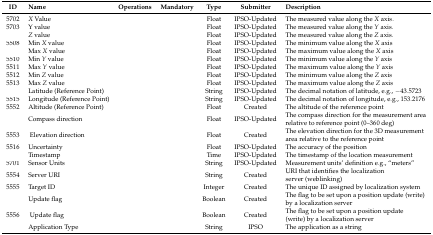
<table><thead><tr><td><b>ID</b></td><td><b>Name</b></td><td><b>Operations</b></td><td><b>Mandatory</b></td><td><b>Type</b></td><td><b>Submitter</b></td><td><b>Description</b></td></tr></thead><tbody><tr><td>5702</td><td><i>X</i> Value</td><td>[EMPTY_CELL]</td><td>[EMPTY_CELL]</td><td>Float</td><td>IPSO-Updated</td><td>The measured value along the <i>X</i> axis.</td></tr><tr><td>5703</td><td>Y value</td><td>[EMPTY_CELL]</td><td>[EMPTY_CELL]</td><td>Float</td><td>IPSO-Updated</td><td>The measured value along the <i>Y</i> axis.</td></tr><tr><td>[EMPTY_CELL]</td><td><i>Z</i> value</td><td>[EMPTY_CELL]</td><td>[EMPTY_CELL]</td><td>Float</td><td>IPSO-Updated</td><td>The measured value along the <i>Z</i> axis.</td></tr><tr><td>5508</td><td>Min <i>X</i> value</td><td>[EMPTY_CELL]</td><td>[EMPTY_CELL]</td><td>Float</td><td>IPSO-Updated</td><td>The minimum value along the <i>X</i> axis</td></tr><tr><td>[EMPTY_CELL]</td><td>Max <i>X</i> value</td><td>[EMPTY_CELL]</td><td>[EMPTY_CELL]</td><td>Float</td><td>IPSO-Updated</td><td>The maximum value along the <i>X</i> axis</td></tr><tr><td>5510</td><td>Min <i>Y</i> value</td><td>[EMPTY_CELL]</td><td>[EMPTY_CELL]</td><td>Float</td><td>IPSO-Updated</td><td>The minimum value along the <i>Y</i> axis</td></tr><tr><td>5511</td><td>Max <i>Y</i> value</td><td>[EMPTY_CELL]</td><td>[EMPTY_CELL]</td><td>Float</td><td>IPSO-Updated</td><td>The maximum value along the <i>Y</i> axis</td></tr><tr><td>5512</td><td>Min <i>Z</i> value</td><td>[EMPTY_CELL]</td><td>[EMPTY_CELL]</td><td>Float</td><td>IPSO-Updated</td><td>The minimum value along the <i>Z</i> axis</td></tr><tr><td>5513</td><td>Max <i>Z</i> value</td><td>[EMPTY_CELL]</td><td>[EMPTY_CELL]</td><td>Float</td><td>IPSO-Updated</td><td>The maximum value along the <i>Z</i> axis</td></tr><tr><td>[EMPTY_CELL]</td><td>Latitude (Reference Point)</td><td>[EMPTY_CELL]</td><td>[EMPTY_CELL]</td><td>String</td><td>IPSO-Updated</td><td>The decimal notation of latitude, e.g., −43.5723</td></tr><tr><td>5515</td><td>Longitude (Reference Point)</td><td>[EMPTY_CELL]</td><td>[EMPTY_CELL]</td><td>String</td><td>IPSO-Updated</td><td>The decimal notation of longitude, e.g., 153.2176</td></tr><tr><td>5552</td><td>Altitude (Reference Point)</td><td>[EMPTY_CELL]</td><td>[EMPTY_CELL]</td><td>Float</td><td>Created</td><td>The altitude of the reference point</td></tr><tr><td>[EMPTY_CELL]</td><td>Compass direction</td><td>[EMPTY_CELL]</td><td>[EMPTY_CELL]</td><td>Float</td><td>IPSO-Updated</td><td>The compass direction for the measurement area relative to reference point (0–360 deg)</td></tr><tr><td>5553</td><td>Elevation direction</td><td>[EMPTY_CELL]</td><td>[EMPTY_CELL]</td><td>Float</td><td>Created</td><td>The elevation direction for the 3D measurement area relative to the reference point</td></tr><tr><td>5516</td><td>Uncertainty</td><td>[EMPTY_CELL]</td><td>[EMPTY_CELL]</td><td>Float</td><td>IPSO-Updated</td><td>The accuracy of the position</td></tr><tr><td>[EMPTY_CELL]</td><td>Timestamp</td><td>[EMPTY_CELL]</td><td>[EMPTY_CELL]</td><td>Time</td><td>IPSO-Updated</td><td>The timestamp of the location measurement</td></tr><tr><td>5701</td><td>Sensor Units</td><td>[EMPTY_CELL]</td><td>[EMPTY_CELL]</td><td>String</td><td>IPSO-Updated</td><td>Measurement units’ definition e.g., “meters”</td></tr><tr><td>5554</td><td>Server URI</td><td>[EMPTY_CELL]</td><td>[EMPTY_CELL]</td><td>String</td><td>Created</td><td>URI that identifies the localization server (weblinking)</td></tr><tr><td>5555</td><td>Target ID</td><td>[EMPTY_CELL]</td><td>[EMPTY_CELL]</td><td>Integer</td><td>Created</td><td>The unique ID assigned by localization system</td></tr><tr><td>[EMPTY_CELL]</td><td>Update flag</td><td>[EMPTY_CELL]</td><td>[EMPTY_CELL]</td><td>Boolean</td><td>Created</td><td>The flag to be set upon a position update (write) by a localization server</td></tr><tr><td>5556</td><td>Update flag</td><td>[EMPTY_CELL]</td><td>[EMPTY_CELL]</td><td>Boolean</td><td>Created</td><td>The flag to be set upon a position update (write) by a localization server</td></tr><tr><td>[EMPTY_CELL]</td><td>Application Type</td><td>[EMPTY_CELL]</td><td>[EMPTY_CELL]</td><td>String</td><td>IPSO</td><td>The application as a string</td></tr></tbody></table>